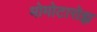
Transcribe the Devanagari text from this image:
मोमोटारोझ